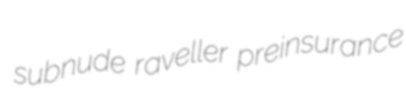
subnude raveller preinsurance